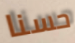
حسنا